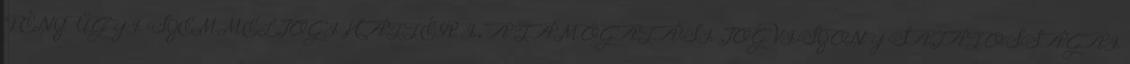
PÉNZÜGYI SZEMMEL JOGI HÁTTÉR I. A TÁMOGATÁSI JOGVISZONY SAJÁTOSSÁGAI